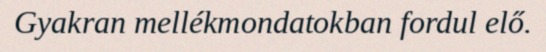
Gyakran mellékmondatokban fordul elő.